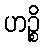
ဟဉ္စိ